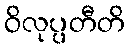
ဝိလုပ္ပတီတိ